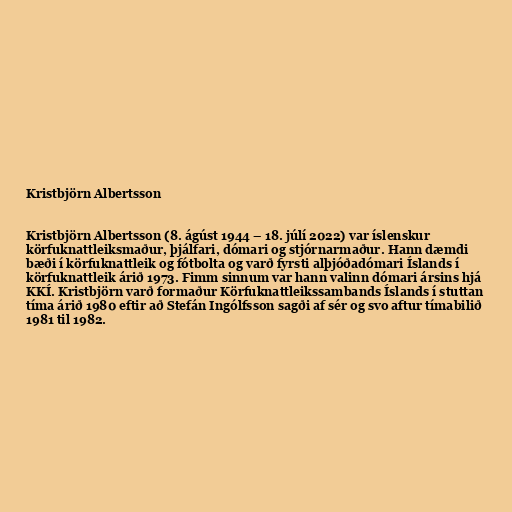
Kristbjörn Albertsson

Kristbjörn Albertsson (8. ágúst 1944 – 18. júlí 2022) var íslenskur
körfuknattleiksmaður, þjálfari, dómari og stjórnarmaður. Hann dæmdi
bæði í körfuknattleik og fótbolta og varð fyrsti alþjóðadómari Íslands í
körfuknattleik árið 1973. Fimm sinnum var hann valinn dómari ársins hjá
KKÍ. Kristbjörn varð formaður Körfuknattleikssambands Íslands í stuttan
tíma árið 1980 eftir að Stefán Ingólfsson sagði af sér og svo aftur tímabilið
1981 til 1982.